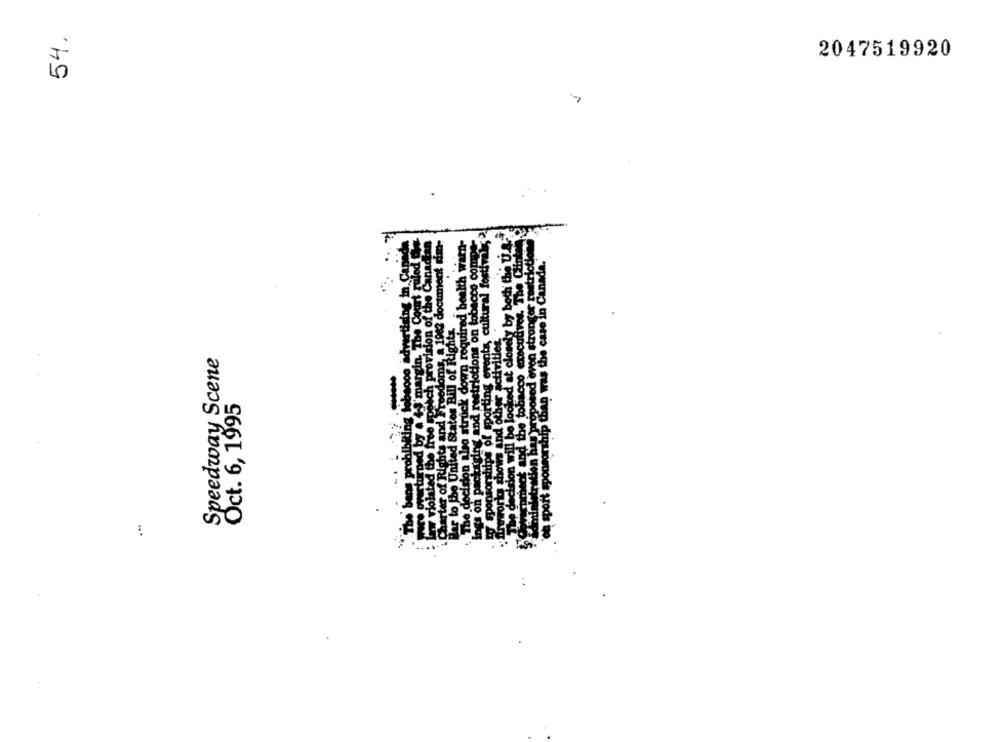
54.
2047519920
sporting events, cultural festival
ition will be looked at closely by both the U.A.
din, The Court ruled Che
provision of the Canadian
of Rights and Freedoms, a 1942 document cim-
cision alo struck down required health warn-
ng and restrictions on tobacco compe
urtising in Caned
"Con has proposed even stronger restrictlo
sponsorship than was the case in Canada."
and the tobacco executives.
io United States Bill of Rights
sted the free speech provins
lotion
mis and other activities
Speedway Scene
o struck
Oct. 6, 1995
will be